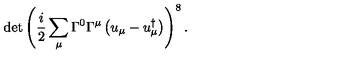
\det \left( \frac { i } { 2 } \sum _ { \mu } \Gamma ^ { 0 } \Gamma ^ { \mu } \left( u _ { \mu } - u _ { \mu } ^ { \dagger } \right) \right) ^ { 8 } .